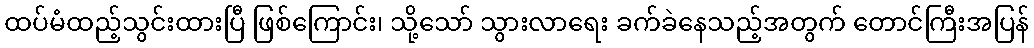
ထပ်မံထည့်သွင်းထားပြီ ဖြစ်ကြောင်း၊ သို့သော် သွားလာရေး ခက်ခဲနေသည့်အတွက် တောင်ကြီးအပြန်